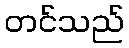
တင်သည်